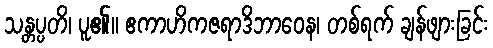
သန္တပ္ပတိ၊ ပူ၏။ ဧကာဟိကဇရာဒိဘာဝေန၊ တစ်ရက် ချန်ဖျားခြင်း